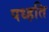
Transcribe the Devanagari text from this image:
पध्हति